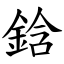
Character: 鋡